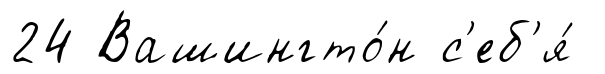
24 Вашингто́н с'еб'я́